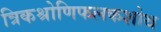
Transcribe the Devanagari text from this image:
त्रिकश्रोणिफलकशोथ